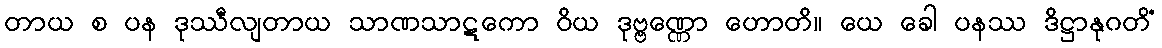
တာယ စ ပန ဒုဿီလျတာယ သာဏသာဋကော ဝိယ ဒုဗ္ဗဏ္ဏော ဟောတိ။ ယေ ခေါ ပနဿ ဒိဋ္ဌာနုဂတိံ